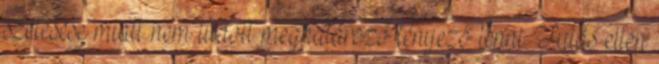
szétesése miatt nem tudott meghatározó tényező lenni. Futás ellen